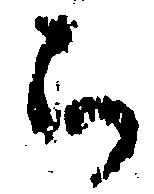
被